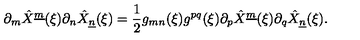
\partial _ { m } \hat { X } ^ { \underline { { m } } } ( \xi ) \partial _ { n } \hat { X } _ { \underline { { n } } } ( \xi ) = { \frac { 1 } { 2 } } g _ { m n } ( \xi ) g ^ { p q } ( \xi ) \partial _ { p } \hat { X } ^ { \underline { { m } } } ( \xi ) \partial _ { q } \hat { X } _ { \underline { { n } } } ( \xi ) .